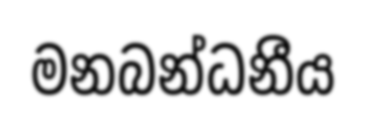
මනබන්ධනීය